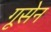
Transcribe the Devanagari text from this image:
गूसेन